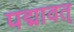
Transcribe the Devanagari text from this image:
पद्मावत्